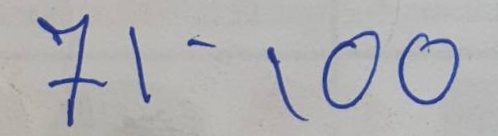
71 - 100